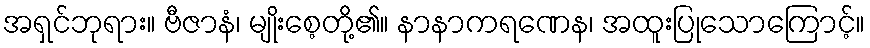
အရှင်ဘုရား။ ဗီဇာနံ၊ မျိုးစေ့တို့၏။ နာနာကရဏေန၊ အထူးပြုသောကြောင့်။